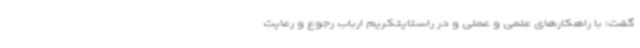
گفت: با راهکارهای علمی و عملی و در راستایتکریم ارباب رجوع و رعایت